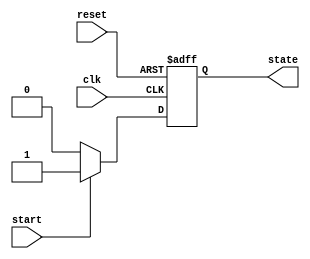
module state_machine (
    input wire clk,        // Clock input
    input wire reset,      // Asynchronous reset
    input wire start,      // Start signal to transition to ACTIVE state
    output reg state       // Current state output (0 for IDLE, 1 for ACTIVE)
);

    // State encoding
    localparam IDLE = 1'b0;
    localparam ACTIVE = 1'b1;

    // Always block for state transition
    always @(posedge clk or posedge reset) begin
        if (reset) begin
            state <= IDLE;  // Reset state to IDLE
        end else begin
            case (state)
                IDLE: begin
                    if (start) begin
                        state <= ACTIVE;  // Transition to ACTIVE state
                    end
                end
                ACTIVE: begin
                    if (!start) begin
                        state <= IDLE;    // Transition back to IDLE state
                    end
                end
                default: state <= IDLE;  // Default case for safety
            endcase
        end
    end

endmodule